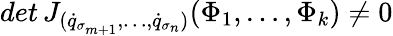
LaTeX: det\, J_{({\dot{q}}_{\sigma_{m+1}},\dots,{\dot{q}}_{\sigma_{n}})}(\Phi_{1},\dots,\Phi_{k})\not=0